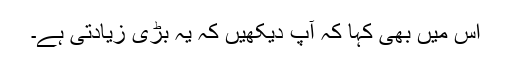
اس میں بھی کہا کہ آپ دیکھیں کہ یہ بڑی زیادتی ہے۔